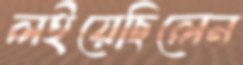
লইয়েছিলেন